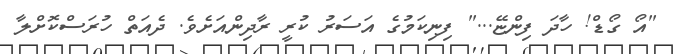
"އޯ ގޯޑް! ހާދަ ފިންޏޭ..." ފިނިކަމުގެ އަސަރު ކުރީ ރާދިންއަށެވެ. ދެއަތް ހުރަސްކޮށްލާ